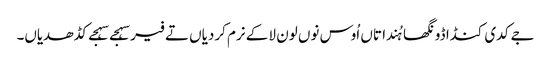
جے کدی کنڈا ڈونگھا ہُندا تاں اُوس نوں لون لا کے نرم کردیاں تے فیر سہجے سہجے کڈھدیاں۔